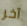
آخر